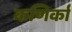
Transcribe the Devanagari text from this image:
कणिर्का